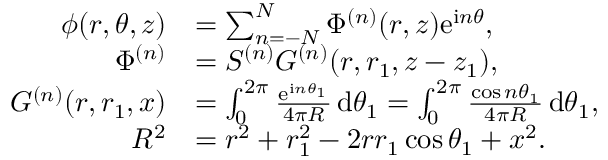
\begin{array} { r l } { \phi ( r , \theta , z ) } & { = \sum _ { n = - N } ^ { N } \Phi ^ { ( n ) } ( r , z ) \mathrm { e } ^ { \mathrm { i } n \theta } , } \\ { \Phi ^ { ( n ) } } & { = S ^ { ( n ) } G ^ { ( n ) } ( r , r _ { 1 } , z - z _ { 1 } ) , } \\ { G ^ { ( n ) } ( r , r _ { 1 } , x ) } & { = \int _ { 0 } ^ { 2 \pi } \frac { \mathrm { e } ^ { \mathrm { i } n \theta _ { 1 } } } { 4 \pi R } \, \mathrm { d } \theta _ { 1 } = \int _ { 0 } ^ { 2 \pi } \frac { \cos n \theta _ { 1 } } { 4 \pi R } \, \mathrm { d } \theta _ { 1 } , } \\ { R ^ { 2 } } & { = r ^ { 2 } + r _ { 1 } ^ { 2 } - 2 r r _ { 1 } \cos \theta _ { 1 } + x ^ { 2 } . } \end{array}